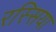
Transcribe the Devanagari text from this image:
रस्सिया